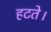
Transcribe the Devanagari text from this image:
हटते।